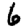
Digit: 6